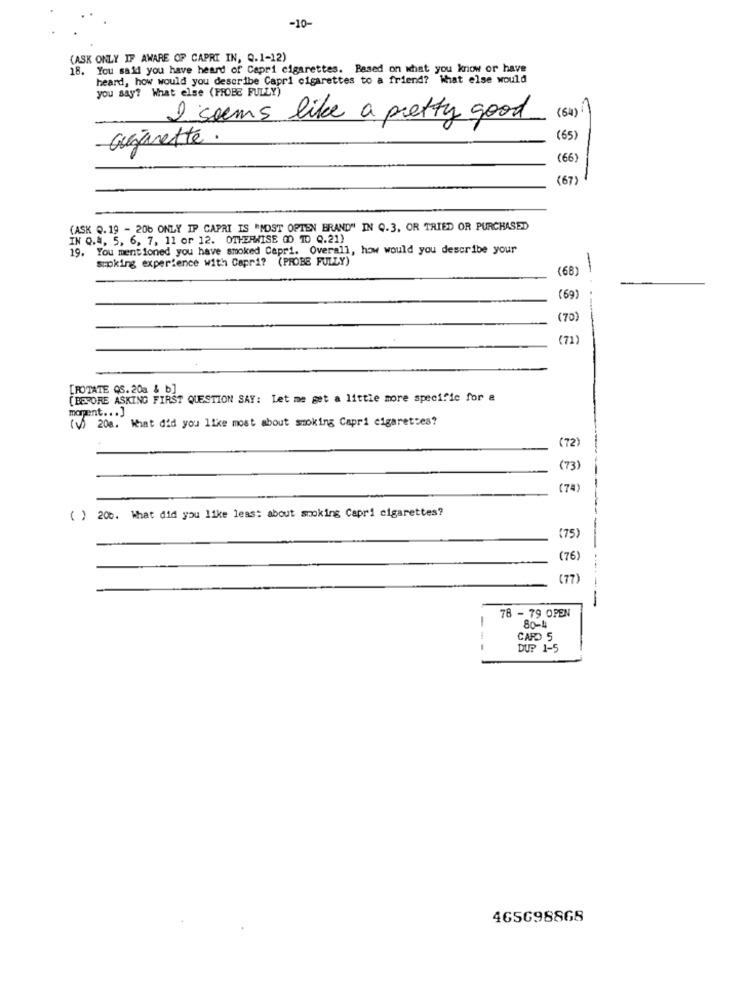
-10-
(ASK ONLY IF AWARE OF CAPRI IN, Q.1-12)
. You said you have heard of Capri cigarettes. Based on what you know or have
heard, how would you describe Capri cigarettes to a friend? What else would
you say? What else (PROBE FULLY)
(54):)
I seems like a pretty good
Gségarette .
(65)
(66)
(67)
(ASK Q.19 - 206 ONLY IP CAPRI IS "MOST OPTEN BRAND" IN Q.3, OR TRIED OR PURCHASED
IN Q.4, 5, 6, 7, 11 or 12. OTHERWISE 00 10 Q.21)
19.
You mentioned you have smoked Capri. Overall, how would you describe your
smoking experience with Capri? (PROBE FULLY)
(68)
(69)
(70)
(71)
[ROTATE CS. 20a & b]
BEFORE ASKING FIRST QUESTION SAY: Let me get a little more specific for a
moment ... ]
(v) 20a. What did you like most about smoking Capri cigarettes?
(72)
(73)
(74)
( ) 206. What did you like least about smoking Capri cigarettes?
(75)
(76)
(77)
-----
-
78 - 79 OPEN
80-4
CARD 5
DU? 1-5
4GSG98868